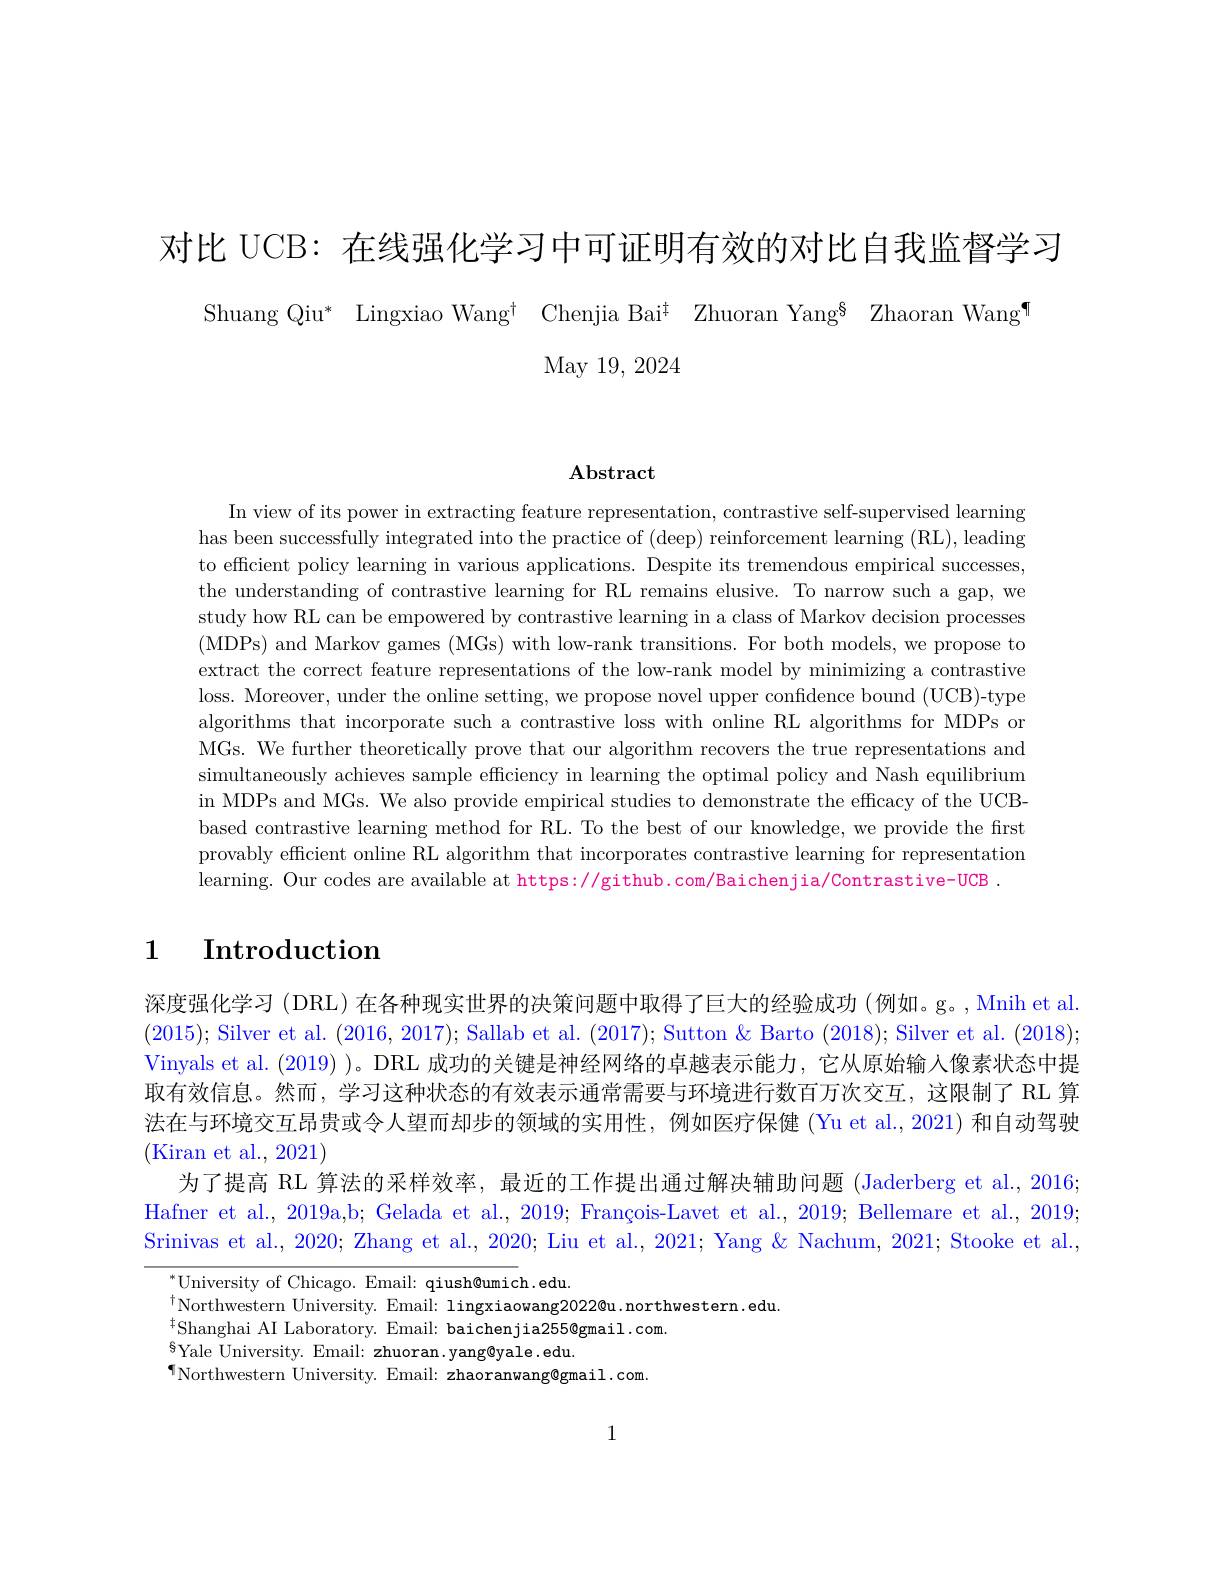
对比 UCB: 在线强化学习中可证明有效的对比自我监督学习

Shuang Qiu* Lingxiao Wang$^{\dagger}$ Chenjia Bai$^{\dagger}$ Zhuoran Yang$^{8}$ Zhaoran Wang¶
May 19, 2024

### $\mathbf{Abstract}$

In view of its power in extracting feature representation, contrastive self-supervised learning has been successfully integrated into the practice of (deep) reinforcement learning (RL), leading to efficient policy learning in various applications. Despite its tremendous empirical successes, the understanding of contrastive learning for RL remains elusive. To narrow such a gap, we study how RL can be empowered by contrastive learning in a class of Markov decision processes (MDPs) and Markov games (MGs) with low-rank transitions. For both models, we propose to extract the correct feature representations of the low-rank model by minimizing a contrastive loss. Moreover, under the online setting, we propose novel upper confidence bound (UCB)-type algorithms that incorporate such a contrastive loss with online RL algorithms for MDPs or MGs. We further theoretically prove that our algorithm recovers the true representations and simultaneously achieves sample efficiency in learning the optimal policy and Nash equilibrium in MDPs and MGs. We also provide empirical studies to demonstrate the efficacy of the UCBbased contrastive learning method for RL. To the best of our knowledge, we provide the first provably efficient online RL algorithm that incorporates contrastive learning for representation learning. Our codes are available at https://github.com/Baichenjia/Contrastive-UCB .

# 1 $\textbf{Introduction}$

深度强化学习 (DRL) 在各种现实世界的决策问题中取得了巨大的经验成功 (例如。g。, Mnih et al. (2015); Silver et al. (2016,2017); Sallab et al. (2017); Sutton & Barto (2018); Silver et al. (2018); Vinyals et al. (2019) )。DRL 成功的关键是神经网络的卓越表示能力，它从原始输入像素状态中提取有效信息。然而，学习这种状态的有效表示通常需要与环境进行数百万次交互，这限制了 RL 算法在与环境交互昂贵或令人望而却步的领域的实用性，例如医疗保健 (Yu et al., 2021) 和自动驾驶(Kiran et al., 2021)
为了提高 RL 算法的采样效率，最近的工作提出通过解决辅助问题 (Jaderberg et al., 2016; Hafner et al., 2019a,b; Gelada et al., 2019; François-Lavet et al., 2019; Bellemare et al., 2019; Srinivas et al., 2020; Zhang et al., 2020; Liu et al., 2021; Yang & Nachum, 2021; Stooke et al.,

$^{*}$University of Chicago. Email: qiush@umich.edu.
$^{\dagger}$Northwestern University. Email: lingxiaowang2022@u.northwestern.edu
${}^{\dagger}$Shanghai AI Laboratory. Email: baichenjia255@gmail.com.
$^{6}$Yale University. Email: zhuoran. yang@yale.edu
$^{\P}$Northwestern University. Email: zhaoranwang@gmail.com.

1